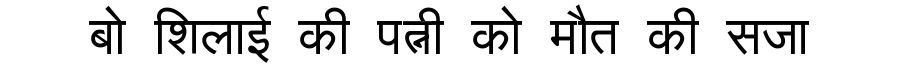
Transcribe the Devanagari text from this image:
बो शिलाई की पत्नी को मौत की सजा